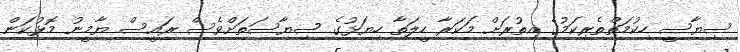
ސިޔާސީ ހިކުމަތްތެރިކަމުގެ އިތުރަށް މަކަރާ ހީލަތާ ހިޔަޅުގެ ސިޔާސަތަށްވެސް ރައީސް ޔާމީނު މޮޅުކަން